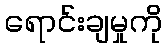
ရောင်းချမှုကို